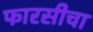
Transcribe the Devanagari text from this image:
फारसीचा